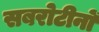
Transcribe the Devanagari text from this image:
सबरोटीनों